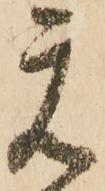
元